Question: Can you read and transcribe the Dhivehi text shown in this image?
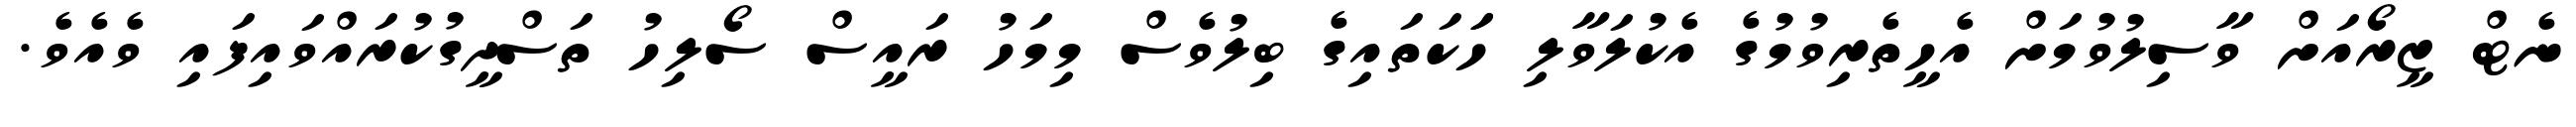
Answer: ނެޓް ޒީރޯއަށް ވާސިލުވުމަށް އެހީތެރިވުމުގެ އެކުލަވާލި ހަަކަތައިގެ ބިލުވެސް މިމަހު ރައީސް ސޯލިހު ތަސްދީގުކުރައްވައިފައި ވެއެވެ.